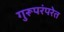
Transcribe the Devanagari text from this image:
गुरूपरंपरेत